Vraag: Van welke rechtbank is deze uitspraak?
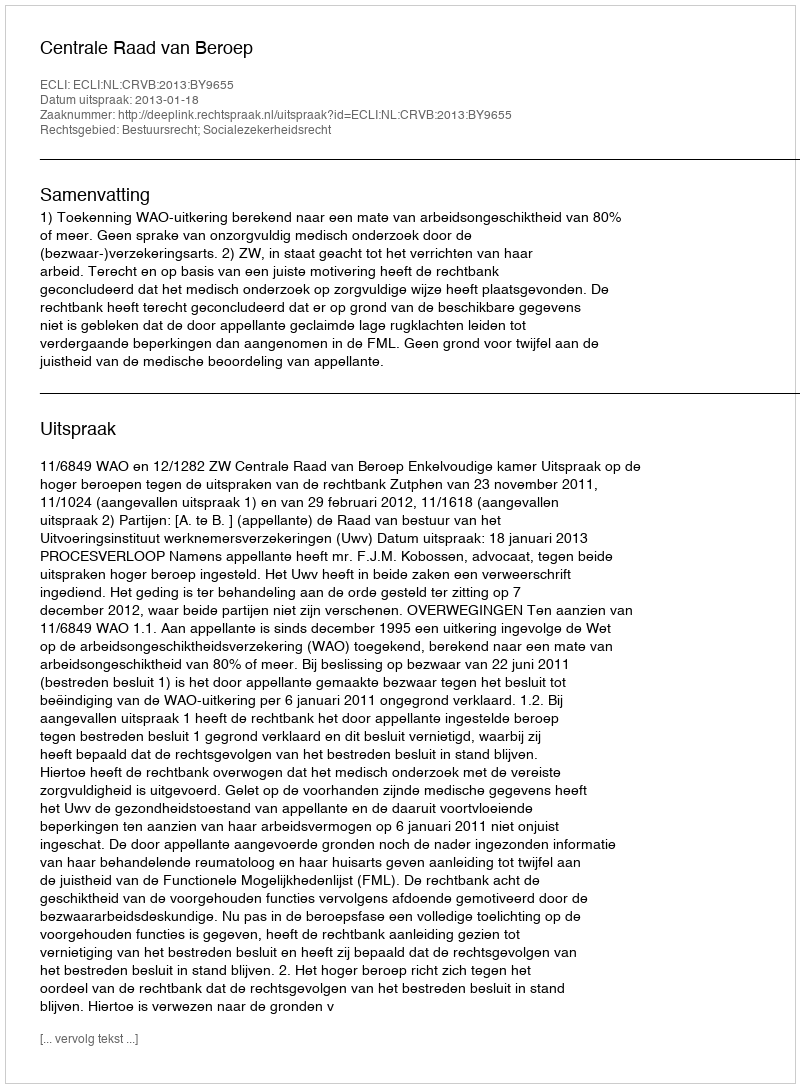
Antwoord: Centrale Raad van Beroep